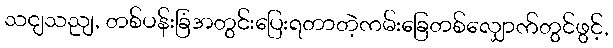
သငျသညျ, တစ်ပန်းခြံအတွင်းပြေးရတာတဲ့ကမ်းခြေတစ်လျှောက်တွင်ဖွင့်,